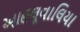
આહલૂવાલિયા